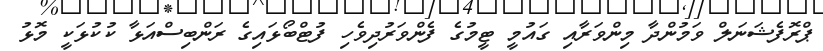
ޕްރޮފެޝަނަލް ވަމުންދާ މިންވަރާއި ގައުމީ ޓީމުގެ ފެންވަރުދިވެހި ފުޓްބޯޅައިގެ ރަންބިސްއަޅާ ކުކުޅަކީ މޮޅު